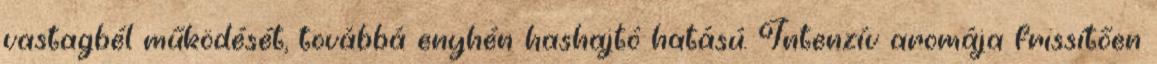
vastagbél működését, továbbá enyhén hashajtó hatású. Intenzív aromája frissítően